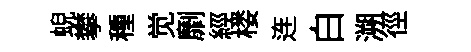
蜺攀種觉劘經楼连白溯徑